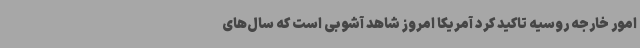
امور خارجه روسیه تاکید کرد آمریکا امروز شاهد آشوبی است که سال‌های